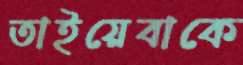
তাইয়েবাকে